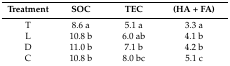
<table><thead><tr><td><b>Treatment</b></td><td><b>SOC</b></td><td><b>TEC</b></td><td><b>(HA + FA)</b></td></tr></thead><tbody><tr><td>T</td><td>8.6 a</td><td>5.1 a</td><td>3.3 a</td></tr><tr><td>L</td><td>10.8 b</td><td>6.0 ab</td><td>4.1 b</td></tr><tr><td>D</td><td>11.0 b</td><td>7.1 b</td><td>4.2 b</td></tr><tr><td>C</td><td>10.8 b</td><td>8.0 bc</td><td>5.1 c</td></tr></tbody></table>